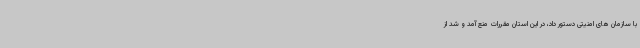
با سازمان های امنیتی دستور داد، در این استان مقررات منع آمد و شد از